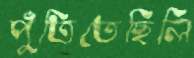
পুঁতিতেছিলি